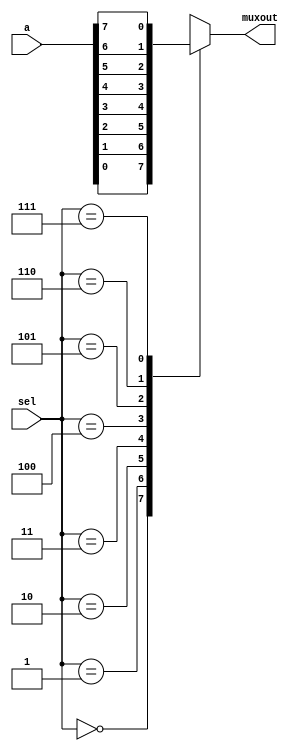
//multiplexer is used to take many input and has select lines using which we get one of the input as output 
//this is a multiplexer with 3 select lines which gives us 2^(3)= 8 inputs 
module multiplexer(sel,a,muxout);
input [2:0]sel;
input [7:0]a;
output reg muxout;
always @(sel, a)
begin 
case (sel)
3'd0:muxout=a[0];
3'd1:muxout=a[1];
3'd2:muxout=a[2];
3'd3:muxout=a[3];
3'd4:muxout=a[4];
3'd5:muxout=a[5];
3'd6:muxout=a[6];
3'd7:muxout=a[7];
default:muxout=0;
endcase
end
endmodule